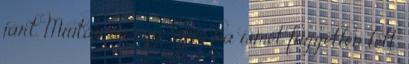
járt. Miután az egy szem fia ismét független lett,